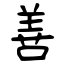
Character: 善